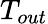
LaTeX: T_{out}